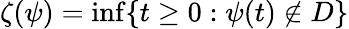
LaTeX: \zeta(\psi)=\operatorname*{inf}\{ t\geq 0:\psi(t)\notin D\}